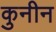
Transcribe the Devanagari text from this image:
कुनीन